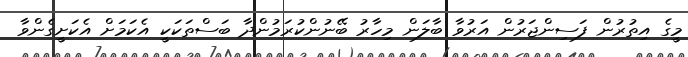
މީގެ އިތުރުން ފަސިންޖަރުން އަރުވާ ބާލަން މިހާރު ބޭނުންކުރަމުންދާ ބަސްތަކަކީ އެކަމަށް އެކަށީގެންވާ